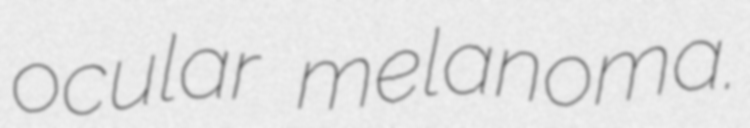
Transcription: ocular melanoma.